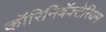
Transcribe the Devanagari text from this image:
कॉरिनिबॅक्टेरियम